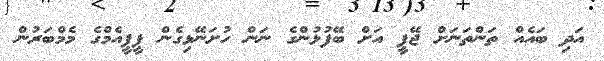
އަދި ބައެއް ތަންތަނަށް ޖޭޕީ އަށް ބޭފުޅުންގެ ނަން ހުށަނޭޅިގެން ޕީޕީއެމްގެ މެމްބަރުން